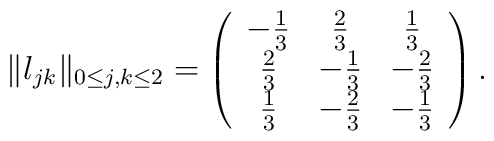
\Vert l_{jk}\Vert_{0\le j,k\le2} = \left( \begin{array}{ccc} - \frac{1}{3} & \frac{2}{3} & \frac{1}{3} \\ \frac{2}{3} & - \frac{1}{3} & - \frac{2}{3} \\ \frac{1}{3} & - \frac{2}{3} & - \frac{1}{3} \end{array} \right) .